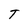
Character: T